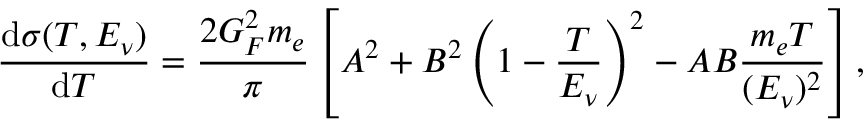
\frac { \mathrm { d } \sigma ( T , E _ { \nu } ) } { \mathrm { d } T } = \frac { 2 G _ { F } ^ { 2 } m _ { e } } { \pi } \left[ A ^ { 2 } + B ^ { 2 } \left( 1 - \frac { T } { E _ { \nu } } \right) ^ { 2 } - A B \frac { m _ { e } T } { ( E _ { \nu } ) ^ { 2 } } \right] ,